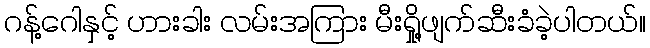
ဂန့်ဂေါနှင့် ဟားခါး လမ်းအကြား မီးရှို့ဖျက်ဆီးခံခဲ့ပါတယ်။